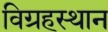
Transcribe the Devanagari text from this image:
विग्रहस्थान